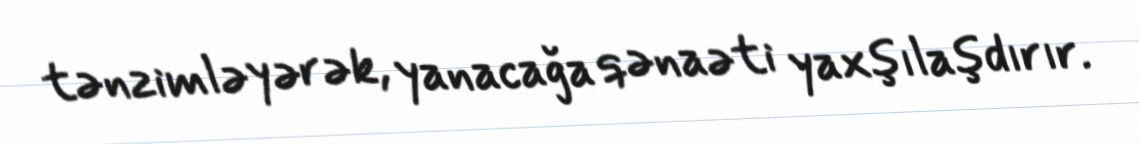
tənzimləyərək, yanacağa qənaəti yaxşılaşdırır.